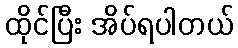
ထိုင်ပြီး အိပ်ရပါတယ်